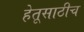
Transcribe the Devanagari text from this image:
हेतूसाठीच